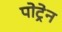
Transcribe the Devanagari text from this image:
पोट्रेन